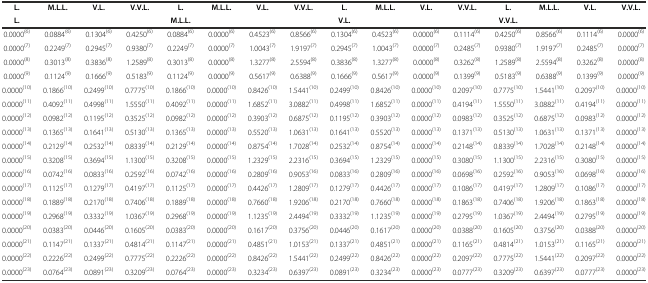
<table><thead><tr><td><b>L.</b></td><td><b>M.L.L.</b></td><td><b>V.L.</b></td><td><b>V.V.L.</b></td><td><b>L.</b></td><td><b>M.L.L.</b></td><td><b>V.L.</b></td><td><b>V.V.L.</b></td><td><b>L.</b></td><td><b>M.L.L.</b></td><td><b>V.L.</b></td><td><b>V.V.L.</b></td><td><b>L.</b></td><td><b>M.L.L.</b></td><td><b>V.L.</b></td><td><b>V.V.L.</b></td></tr><tr><td><b>L.</b></td><td></td><td></td><td></td><td><b>M.L.L.</b></td><td></td><td></td><td></td><td><b>V.L.</b></td><td></td><td></td><td></td><td><b>V.V.L.</b></td><td></td><td></td><td></td></tr></thead><tbody><tr><td>0.0000<sup>(6)</sup></td><td>0.0884<sup>(6)</sup></td><td>0.1304<sup>(6)</sup></td><td>0.4250<sup>(6)</sup></td><td>0.0884<sup>(6)</sup></td><td>0.0000<sup>(6)</sup></td><td>0.4523<sup>(6)</sup></td><td>0.8566<sup>(6)</sup></td><td>0.1304<sup>(6)</sup></td><td>0.4523<sup>(6)</sup></td><td>0.0000<sup>(6)</sup></td><td>0.1114<sup>(6)</sup></td><td>0.4250<sup>(6)</sup></td><td>0.8566<sup>(6)</sup></td><td>0.1114<sup>(6)</sup></td><td>0.0000<sup>(6)</sup></td></tr><tr><td>0.0000<sup>(7)</sup></td><td>0.2249<sup>(7)</sup></td><td>0.2945<sup>(7)</sup></td><td>0.9380<sup>(7)</sup></td><td>0.2249<sup>(7)</sup></td><td>0.0000<sup>(7)</sup></td><td>1.0043<sup>(7)</sup></td><td>1.9197<sup>(7)</sup></td><td>0.2945<sup>(7)</sup></td><td>1.0043<sup>(7)</sup></td><td>0.0000<sup>(7)</sup></td><td>0.2485<sup>(7)</sup></td><td>0.9380<sup>(7)</sup></td><td>1.9197<sup>(7)</sup></td><td>0.2485<sup>(7)</sup></td><td>0.0000<sup>(7)</sup></td></tr><tr><td>0.0000<sup>(8)</sup></td><td>0.3013<sup>(8)</sup></td><td>0.3836<sup>(8)</sup></td><td>1.2589<sup>(8)</sup></td><td>0.3013<sup>(8)</sup></td><td>0.0000<sup>(8)</sup></td><td>1.3277<sup>(8)</sup></td><td>2.5594<sup>(8)</sup></td><td>0.3836<sup>(8)</sup></td><td>1.3277<sup>(8)</sup></td><td>0.0000<sup>(8)</sup></td><td>0.3262<sup>(8)</sup></td><td>1.2589<sup>(8)</sup></td><td>2.5594<sup>(8)</sup></td><td>0.3262<sup>(8)</sup></td><td>0.0000<sup>(8)</sup></td></tr><tr><td>0.0000<sup>(9)</sup></td><td>0.1124<sup>(9)</sup></td><td>0.1666<sup>(9)</sup></td><td>0.5183<sup>(9)</sup></td><td>0.1124<sup>(9)</sup></td><td>0.0000<sup>(9)</sup></td><td>0.5617<sup>(9)</sup></td><td>0.6388<sup>(9)</sup></td><td>0.1666<sup>(9)</sup></td><td>0.5617<sup>(9)</sup></td><td>0.0000<sup>(9)</sup></td><td>0.1399<sup>(9)</sup></td><td>0.5183<sup>(9)</sup></td><td>0.6388<sup>(9)</sup></td><td>0.1399<sup>(9)</sup></td><td>0.0000<sup>(9)</sup></td></tr><tr><td>0.0000<sup>(10)</sup></td><td>0.1866<sup>(10)</sup></td><td>0.2499<sup>(10)</sup></td><td>0.7775<sup>(10)</sup></td><td>0.1866<sup>(10)</sup></td><td>0.0000<sup>(10)</sup></td><td>0.8426<sup>(10)</sup></td><td>1.5441<sup>(10)</sup></td><td>0.2499<sup>(10)</sup></td><td>0.8426<sup>(10)</sup></td><td>0.0000<sup>(10)</sup></td><td>0.2097<sup>(10)</sup></td><td>0.7775<sup>(10)</sup></td><td>1.5441<sup>(10)</sup></td><td>0.2097<sup>(10)</sup></td><td>0.0000<sup>(10)</sup></td></tr><tr><td>0.0000<sup>(11)</sup></td><td>0.4092<sup>(11)</sup></td><td>0.4998<sup>(11)</sup></td><td>1.5550<sup>(11)</sup></td><td>0.4092<sup>(11)</sup></td><td>0.0000<sup>(11)</sup></td><td>1.6852<sup>(11)</sup></td><td>3.0882<sup>(11)</sup></td><td>0.4998<sup>(11)</sup></td><td>1.6852<sup>(11)</sup></td><td>0.0000<sup>(11)</sup></td><td>0.4194<sup>(11)</sup></td><td>1.5550<sup>(11)</sup></td><td>3.0882<sup>(11)</sup></td><td>0.4194<sup>(11)</sup></td><td>0.0000<sup>(11)</sup></td></tr><tr><td>0.0000<sup>(12)</sup></td><td>0.0982<sup>(12)</sup></td><td>0.1195<sup>(12)</sup></td><td>0.3525<sup>(12)</sup></td><td>0.0982<sup>(12)</sup></td><td>0.0000<sup>(12)</sup></td><td>0.3903<sup>(12)</sup></td><td>0.6875<sup>(12)</sup></td><td>0.1195<sup>(12)</sup></td><td>0.3903<sup>(12)</sup></td><td>0.0000<sup>(12)</sup></td><td>0.0983<sup>(12)</sup></td><td>0.3525<sup>(12)</sup></td><td>0.6875<sup>(12)</sup></td><td>0.0983<sup>(12)</sup></td><td>0.0000<sup>(12)</sup></td></tr><tr><td>0.0000<sup>(13)</sup></td><td>0.1365<sup>(13)</sup></td><td>0.1641<sup>(13)</sup></td><td>0.5130<sup>(13)</sup></td><td>0.1365<sup>(13)</sup></td><td>0.0000<sup>(13)</sup></td><td>0.5520<sup>(13)</sup></td><td>1.0631<sup>(13)</sup></td><td>0.1641<sup>(13)</sup></td><td>0.5520<sup>(13)</sup></td><td>0.0000<sup>(13)</sup></td><td>0.1371<sup>(13)</sup></td><td>0.5130<sup>(13)</sup></td><td>1.0631<sup>(13)</sup></td><td>0.1371<sup>(13)</sup></td><td>0.0000<sup>(13)</sup></td></tr><tr><td>0.0000<sup>(14)</sup></td><td>0.2129<sup>(14)</sup></td><td>0.2532<sup>(14)</sup></td><td>0.8339<sup>(14)</sup></td><td>0.2129<sup>(14)</sup></td><td>0.0000<sup>(14)</sup></td><td>0.8754<sup>(14)</sup></td><td>1.7028<sup>(14)</sup></td><td>0.2532<sup>(14)</sup></td><td>0.8754<sup>(14)</sup></td><td>0.0000<sup>(14)</sup></td><td>0.2148<sup>(14)</sup></td><td>0.8339<sup>(14)</sup></td><td>1.7028<sup>(14)</sup></td><td>0.2148<sup>(14)</sup></td><td>0.0000<sup>(14)</sup></td></tr><tr><td>0.0000<sup>(15)</sup></td><td>0.3208<sup>(15)</sup></td><td>0.3694<sup>(15)</sup></td><td>1.1300<sup>(15)</sup></td><td>0.3208<sup>(15)</sup></td><td>0.0000<sup>(15)</sup></td><td>1.2329<sup>(15)</sup></td><td>2.2316<sup>(15)</sup></td><td>0.3694<sup>(15)</sup></td><td>1.2329<sup>(15)</sup></td><td>0.0000<sup>(15)</sup></td><td>0.3080<sup>(15)</sup></td><td>1.1300<sup>(15)</sup></td><td>2.2316<sup>(15)</sup></td><td>0.3080<sup>(15)</sup></td><td>0.0000<sup>(15)</sup></td></tr><tr><td>0.0000<sup>(16)</sup></td><td>0.0742<sup>(16)</sup></td><td>0.0833<sup>(16)</sup></td><td>0.2592<sup>(16)</sup></td><td>0.0742<sup>(16)</sup></td><td>0.0000<sup>(16)</sup></td><td>0.2809<sup>(16)</sup></td><td>0.9053<sup>(16)</sup></td><td>0.0833<sup>(16)</sup></td><td>0.2809<sup>(16)</sup></td><td>0.0000<sup>(16)</sup></td><td>0.0698<sup>(16)</sup></td><td>0.2592<sup>(16)</sup></td><td>0.9053<sup>(16)</sup></td><td>0.0698<sup>(16)</sup></td><td>0.0000<sup>(16)</sup></td></tr><tr><td>0.0000<sup>(17)</sup></td><td>0.1125<sup>(17)</sup></td><td>0.1279<sup>(17)</sup></td><td>0.4197<sup>(17)</sup></td><td>0.1125<sup>(17)</sup></td><td>0.0000<sup>(17)</sup></td><td>0.4426<sup>(17)</sup></td><td>1.2809<sup>(17)</sup></td><td>0.1279<sup>(17)</sup></td><td>0.4426<sup>(17)</sup></td><td>0.0000<sup>(17)</sup></td><td>0.1086<sup>(17)</sup></td><td>0.4197<sup>(17)</sup></td><td>1.2809<sup>(17)</sup></td><td>0.1086<sup>(17)</sup></td><td>0.0000<sup>(17)</sup></td></tr><tr><td>0.0000<sup>(18)</sup></td><td>0.1889<sup>(18)</sup></td><td>0.2170<sup>(18)</sup></td><td>0.7406<sup>(18)</sup></td><td>0.1889<sup>(18)</sup></td><td>0.0000<sup>(18)</sup></td><td>0.7660<sup>(18)</sup></td><td>1.9206<sup>(18)</sup></td><td>0.2170<sup>(18)</sup></td><td>0.7660<sup>(18)</sup></td><td>0.0000<sup>(18)</sup></td><td>0.1863<sup>(18)</sup></td><td>0.7406<sup>(18)</sup></td><td>1.9206<sup>(18)</sup></td><td>0.1863<sup>(18)</sup></td><td>0.0000<sup>(18)</sup></td></tr><tr><td>0.0000<sup>(19)</sup></td><td>0.2968<sup>(19)</sup></td><td>0.3332<sup>(19)</sup></td><td>1.0367<sup>(19)</sup></td><td>0.2968<sup>(19)</sup></td><td>0.0000<sup>(19)</sup></td><td>1.1235<sup>(19)</sup></td><td>2.4494<sup>(19)</sup></td><td>0.3332<sup>(19)</sup></td><td>1.1235<sup>(19)</sup></td><td>0.0000<sup>(19)</sup></td><td>0.2795<sup>(19)</sup></td><td>1.0367<sup>(19)</sup></td><td>2.4494<sup>(19)</sup></td><td>0.2795<sup>(19)</sup></td><td>0.0000<sup>(19)</sup></td></tr><tr><td>0.0000<sup>(20)</sup></td><td>0.0383<sup>(20)</sup></td><td>0.0446<sup>(20)</sup></td><td>0.1605<sup>(20)</sup></td><td>0.0383<sup>(20)</sup></td><td>0.0000<sup>(20)</sup></td><td>0.1617<sup>(20)</sup></td><td>0.3756<sup>(20)</sup></td><td>0.0446<sup>(20)</sup></td><td>0.1617<sup>(20)</sup></td><td>0.0000<sup>(20)</sup></td><td>0.0388<sup>(20)</sup></td><td>0.1605<sup>(20)</sup></td><td>0.3756<sup>(20)</sup></td><td>0.0388<sup>(20)</sup></td><td>0.0000<sup>(20)</sup></td></tr><tr><td>0.0000<sup>(21)</sup></td><td>0.1147<sup>(21)</sup></td><td>0.1337<sup>(21)</sup></td><td>0.4814<sup>(21)</sup></td><td>0.1147<sup>(21)</sup></td><td>0.0000<sup>(21)</sup></td><td>0.4851<sup>(21)</sup></td><td>1.0153<sup>(21)</sup></td><td>0.1337<sup>(21)</sup></td><td>0.4851<sup>(21)</sup></td><td>0.0000<sup>(21)</sup></td><td>0.1165<sup>(21)</sup></td><td>0.4814<sup>(21)</sup></td><td>1.0153<sup>(21)</sup></td><td>0.1165<sup>(21)</sup></td><td>0.0000<sup>(21)</sup></td></tr><tr><td>0.0000<sup>(22)</sup></td><td>0.2226<sup>(22)</sup></td><td>0.2499<sup>(22)</sup></td><td>0.7775<sup>(22)</sup></td><td>0.2226<sup>(22)</sup></td><td>0.0000<sup>(22)</sup></td><td>0.8426<sup>(22)</sup></td><td>1.5441<sup>(22)</sup></td><td>0.2499<sup>(22)</sup></td><td>0.8426<sup>(22)</sup></td><td>0.0000<sup>(22)</sup></td><td>0.2097<sup>(22)</sup></td><td>0.7775<sup>(22)</sup></td><td>1.5441<sup>(22)</sup></td><td>0.2097<sup>(22)</sup></td><td>0.0000<sup>(22)</sup></td></tr><tr><td>0.0000<sup>(23)</sup></td><td>0.0764<sup>(23)</sup></td><td>0.0891<sup>(23)</sup></td><td>0.3209<sup>(23)</sup></td><td>0.0764<sup>(23)</sup></td><td>0.0000<sup>(23)</sup></td><td>0.3234<sup>(23)</sup></td><td>0.6397<sup>(23)</sup></td><td>0.0891<sup>(23)</sup></td><td>0.3234<sup>(23)</sup></td><td>0.0000<sup>(23)</sup></td><td>0.0777<sup>(23)</sup></td><td>0.3209<sup>(23)</sup></td><td>0.6397<sup>(23)</sup></td><td>0.0777<sup>(23)</sup></td><td>0.0000<sup>(23)</sup></td></tr></tbody></table>